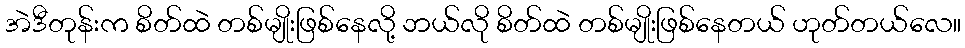
အဲဒီတုန်းက စိတ်ထဲ တစ်မျိုးဖြစ်နေလို့ ဘယ်လို စိတ်ထဲ တစ်မျိုးဖြစ်နေတယ် ဟုတ်တယ်လေ။